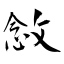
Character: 敜